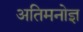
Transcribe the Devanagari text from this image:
अतिमनोज्ञ